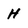
Character: H